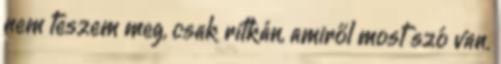
nem teszem meg, csak ritkán, amiről most szó van.